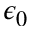
\epsilon _ { 0 }